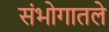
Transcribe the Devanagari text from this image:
संभोगातले